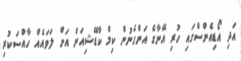
އަދި އޯޑިއެންސްގައި ހުރި އޭނާގެ އަންހެނުން ކިމް ކާޑޭޝިިއަން އަށް ލަވައެއް ހާއްސަކުރި